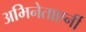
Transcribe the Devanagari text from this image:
अभिनेताएर्नी